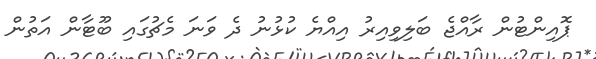
ޕޮއިންޓުން ރާއްޖެ ބަލިވިއިރު އިއްޔެ ކުޅުނު ދެ ވަނަ މެޗުގައި ބޫޓާން އަތުން